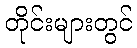
တိုင်းများတွင်